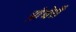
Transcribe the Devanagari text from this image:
प्रोथेरों